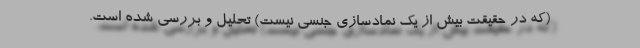
(که در حقیقت بیش از یک نمادسازی جنسی نیست) تحلیل و بررسی شده است.